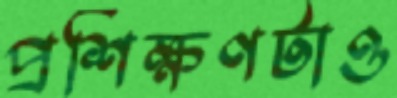
প্রশিক্ষণটাও